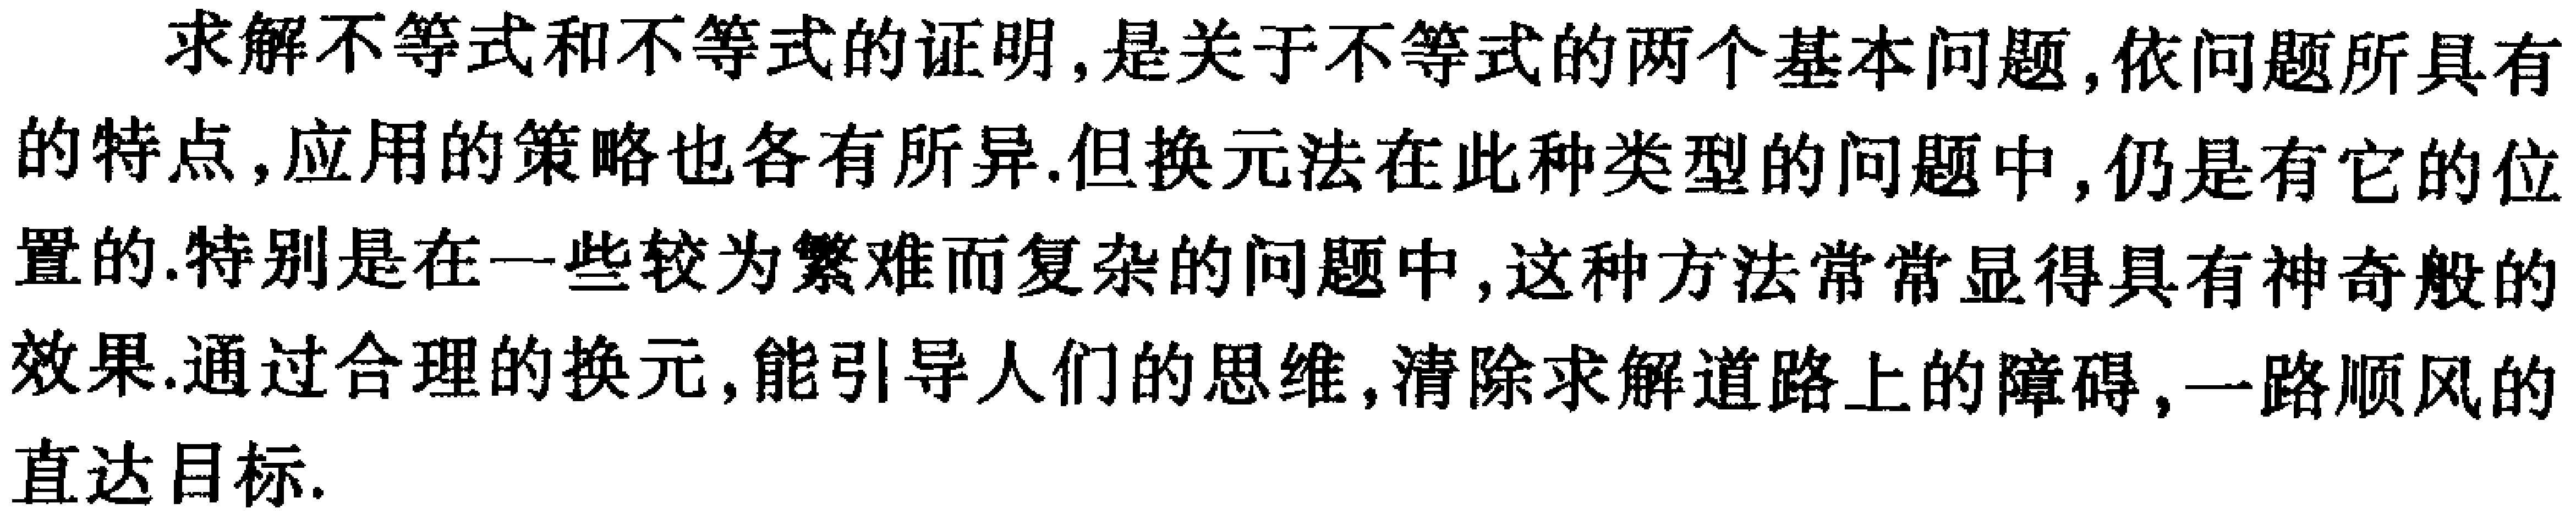
求解不等式和不等式的证明,是关于不等式的两个基本问题,依问题所具有的特点,应用的策略也各有所异.但换元法在此种类型的问题中,仍是有它的位置的.特别是在一些较为繁难而复杂的问题中,这种方法常常显得具有神奇般的效果.通过合理的换元,能引导人们的思维,清除求解道路上的障碍,一路顺风的直达目标.